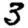
Digit: 3